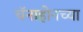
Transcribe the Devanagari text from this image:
चॅनाहोनच्या